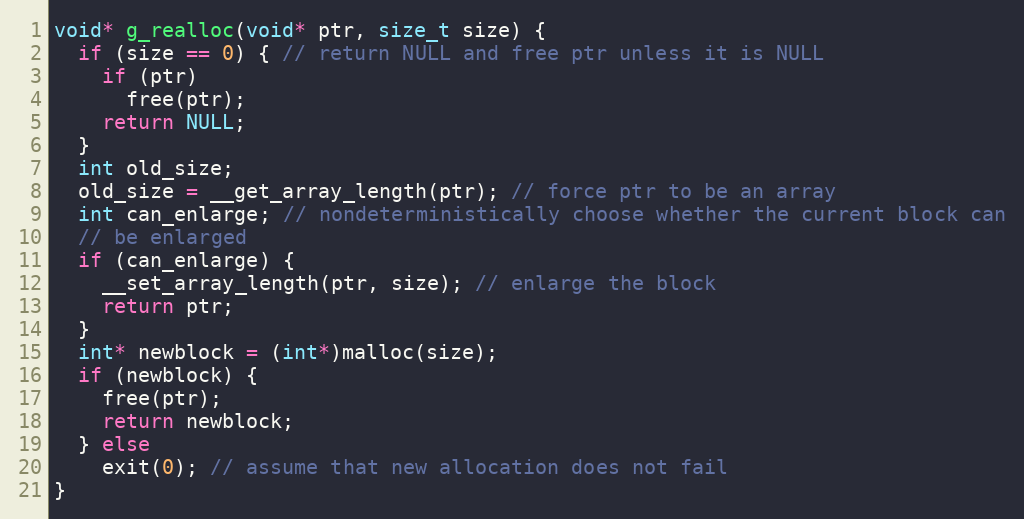
Language: C
void* g_realloc(void* ptr, size_t size) {
  if (size == 0) { // return NULL and free ptr unless it is NULL
    if (ptr)
      free(ptr);
    return NULL;
  }
  int old_size;
  old_size = __get_array_length(ptr); // force ptr to be an array
  int can_enlarge; // nondeterministically choose whether the current block can
  // be enlarged
  if (can_enlarge) {
    __set_array_length(ptr, size); // enlarge the block
    return ptr;
  }
  int* newblock = (int*)malloc(size);
  if (newblock) {
    free(ptr);
    return newblock;
  } else
    exit(0); // assume that new allocation does not fail
}